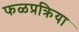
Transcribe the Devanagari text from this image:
फळप्रक्रिया